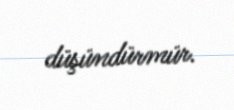
düşündürmür.